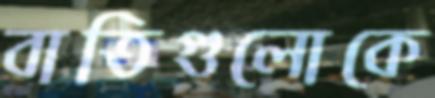
বাতিগুলোকে